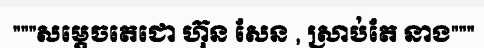
"""សម្តេចតេជោ ហ៊ុន សែន , ស្រាប់តែ នាង"""